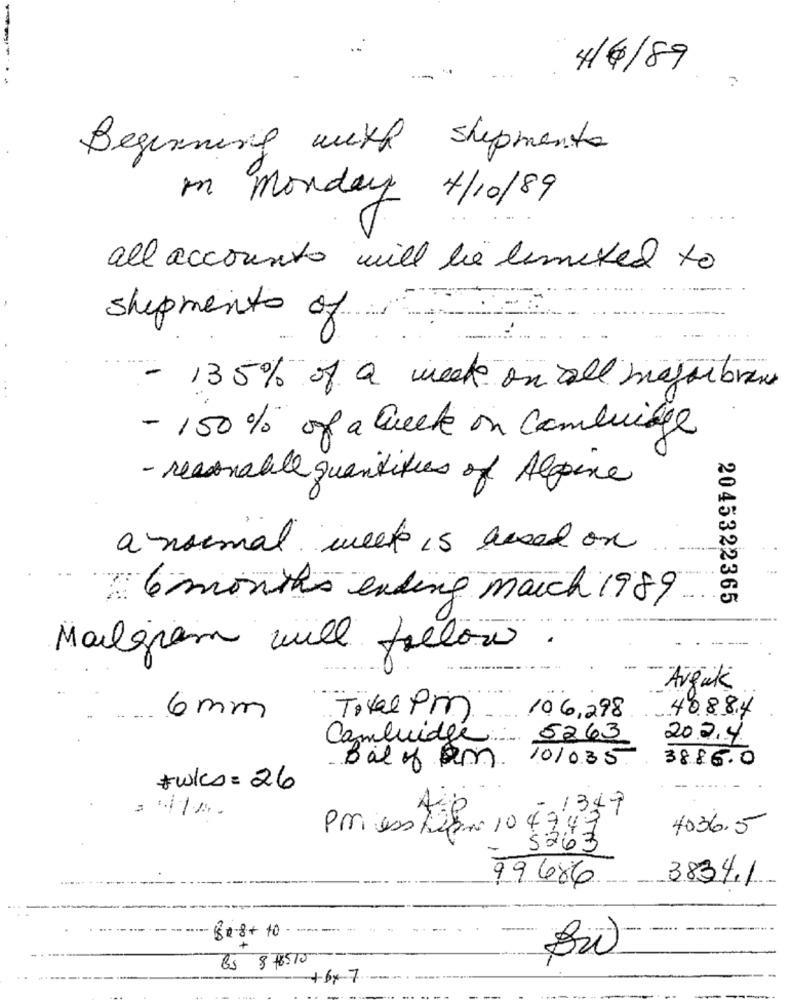
4/6/89
Beginning with shipments
on Monday 4/10/89
all accounts will be limited to
shipment of
.. .
- 135% of a week on all majorbrew
- 150% of a Quecke on cambridge
- reasonable quantities of Alpine
a normal week is based on
6 months ending march 1989
2045322365
Mailgram will follow
Avgük
40884
6 mm
Tikal PM
10 6,298
Cambridge
5263
202.4
3886.0
Bal of am
101035
#wks = 26
- 1349
Pressten 104749
4036.5
5263
99686
3834.1
. 150-8+ 10- ---
-
Bs 876510
+6x7